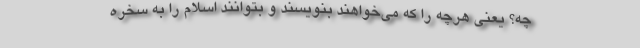
چه‌؟ یعنی هرچه را که می‌خواهند بنویسند و بتوانند اسلام را به سُخره